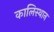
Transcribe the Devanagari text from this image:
कालिस्थान